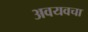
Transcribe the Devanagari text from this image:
अवयवचा